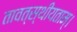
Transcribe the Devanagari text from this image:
तावत्स्थीयताम्।